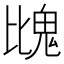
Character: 𩲖